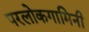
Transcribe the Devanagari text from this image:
परलोकगामिनी